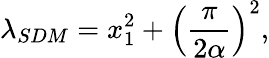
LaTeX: \lambda_{SDM}=x_{1}^{2}+\left(\frac{\pi}{2\alpha}\right)^{2},